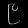
Digit: ၉